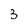
Character: 3